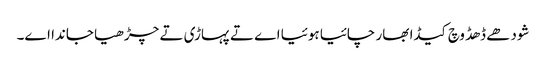
شودھے ڈھڈ وچ کیڈا بھار چائیا ہوئیا اے تے پہاڑی تے چڑھیا جاندا اے۔